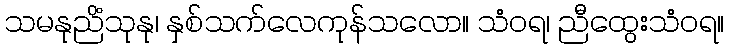
သမနုညိံသုနု၊ နှစ်သက်လေကုန်သလော။ သံဝရ၊ ညီထွေးသံဝရ။